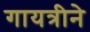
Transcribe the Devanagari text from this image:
गायत्रीने